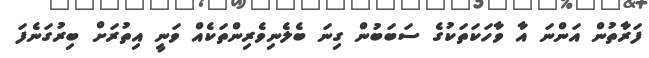
ފަރާތުން އަންނަ އާ ވާހަކަތަކުގެ ސަބަބުން ގިނަ ބެލެނިވެރިންތަކެއް ވަނީ އިތުރަށް ބިރުގަނެފަ